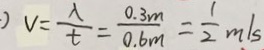
v = \frac { \lambda } { t } = \frac { 0 . 3 m } { 0 . 6 m } = \frac { 1 } { 2 } m / s